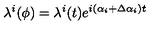
\lambda ^ { i } ( \phi ) = \lambda ^ { i } ( t ) e ^ { i \left( \alpha _ { i } + \Delta \alpha _ { i } \right) t }